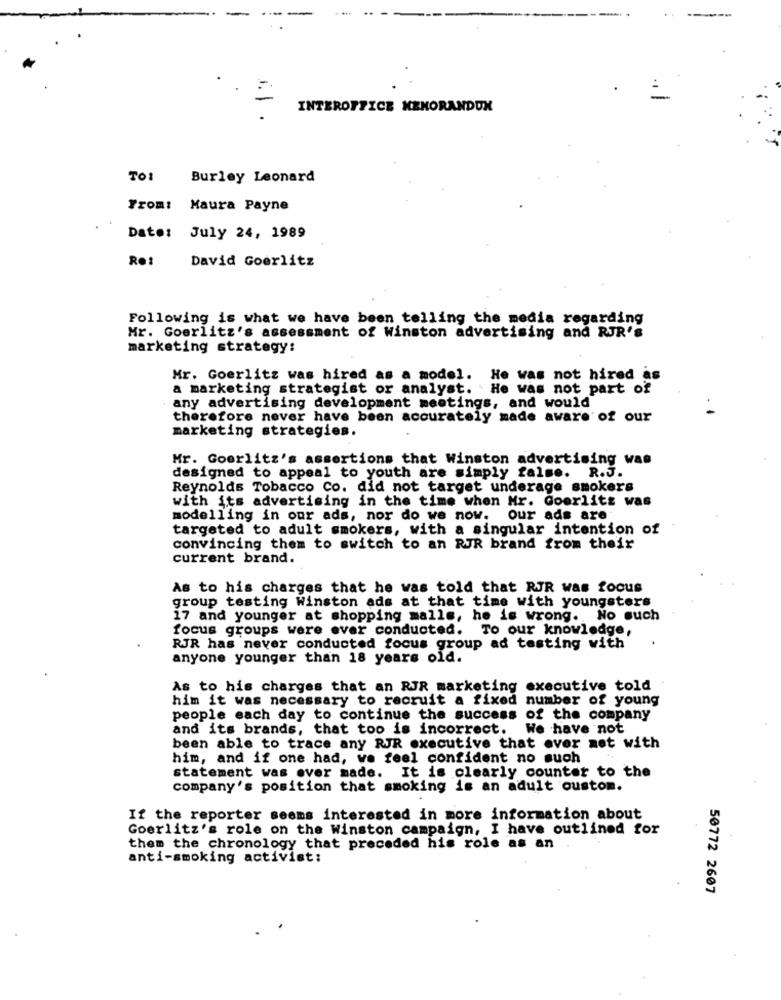
INTEROFFICE MEMORANDUM
1.1.
TO:
Burley Leonard
From: Maura Payne
Date: July 24, 1989
Re:
David Goerlitz
Following is what we have been telling the media regarding
Mr. Goerlitz's assessment of Winston advertising and RJR's
marketing strategy:
Mr. Goerlitz was hired as a model. He was not hired as
a marketing strategist or analyst. He was not part of
any advertising development meetings, and would
therefore never have been accurately made aware of our
marketing strategies.
Mr. Goerlitz's assertions that Winston advertising was
designed to appeal to youth are simply false. R.J.
Reynolds Tobacco Co. did not target underage smokers
with its advertising in the time when Mr. Goerlitz was
modelling in our ads, nor do we now. our ads are
targeted to adult smokers, with a singular intention of
convincing them to switch to an RJR brand from their
current brand.
As to his charges that he was told that RJR was focus
group testing Winston ads at that time with youngsters
17 and younger at shopping malls, he is wrong. No such
focus groups were ever conducted. To our knowledge,
RJR has never conducted focus group ad testing with
anyone younger than 18 years old.
As to his charges that an RJR marketing executive told
him it was necessary to recruit a fixed
number of young
people each day to continue the success of the company
and its brands, that too is incorrect.
We have not
been able to trace any RJR executive that ever met with
him, and if one had, we feel confident no such
statement was ever made. It is clearly counter to the
company's position that smoking is an adult oustom.
If the reporter seems interested in more information about
Goerlitz's role on the Winston campaign, I have outlined for
them the chronology that preceded his role as an
anti-smoking activist:
50772 2607